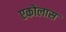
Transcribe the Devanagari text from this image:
एकोलास